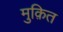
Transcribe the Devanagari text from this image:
मुक़ित